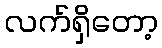
လက်ရှိတော့